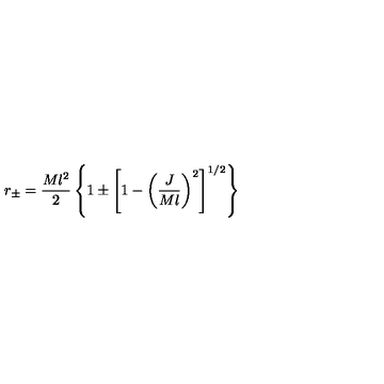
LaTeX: r _ { \pm } = { \frac { M l ^ { 2 } } { 2 } } \left\{ 1 \pm \left[ 1 - \left( { \frac { J } { M l } } \right) ^ { 2 } \right] ^ { 1 / 2 } \right\}